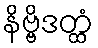
နိဗ္ဗိဒတ္ထံ